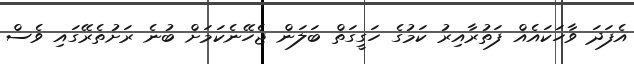
އެފަދަ ވާހަކައެއް ފަތުރާއިރު ކަމުގެ ހަގީގަތް ބަލަން ޖެހޭނެކަމަށް ބުނެ ރަށުތެރޭގައި ވެސް